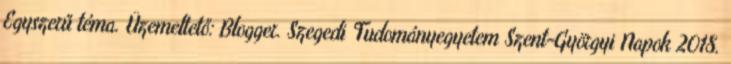
Egyszerű téma. Üzemeltető: Blogger. Szegedi Tudományegyetem Szent-Györgyi Napok 2018.